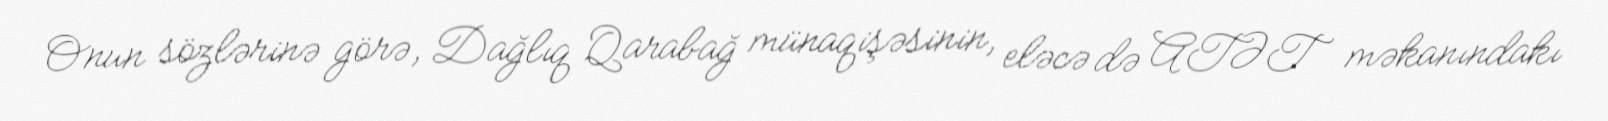
Onun sözlərinə görə, Dağlıq Qarabağ münaqişəsinin, eləcə də ATƏT məkanındakı